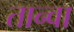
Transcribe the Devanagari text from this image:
तान्वा